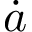
\dot { a }